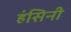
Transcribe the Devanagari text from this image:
हंसिनी